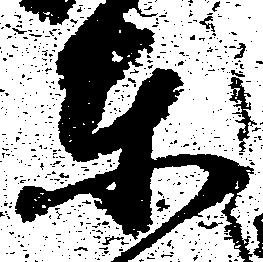
東